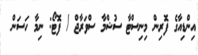
އިންޑިއާގެ ފޮރިން މިނިސްޓާ ސުޝްމާ ސްވަރާޖް / ފޮޓޯ: ނިމާ ހަސަން